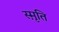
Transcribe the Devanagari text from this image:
स्मृ़ति